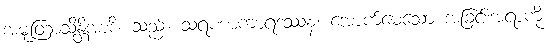
အမုတြာသိန္တိအာဒိ၊ သည်။ သရဏာကာရဒဿနံ၊ အောက်မေ့သော အခြင်းအရာကို